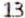
13